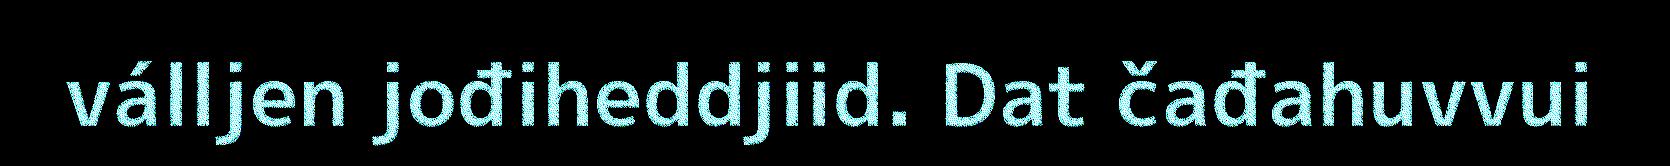
válljen jođiheddjiid. Dat čađahuvvui